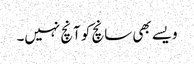
ویسے بھی سانچ کو آنچ نہیں۔